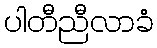
ပါတီညီလာခံ